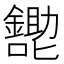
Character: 𱕩